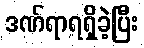
ဒဏ်ရာရရှိခဲ့ပြီး